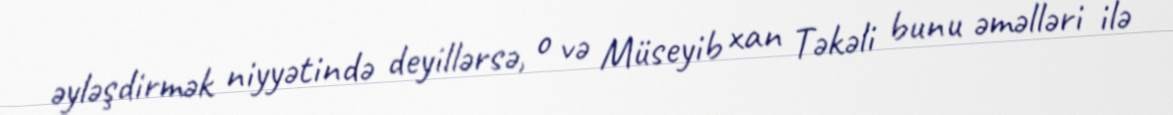
əyləşdirmək niyyətində deyillərsə, o və Müseyib xan Təkəli bunu əməlləri ilə